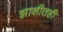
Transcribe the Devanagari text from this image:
झाशीतही